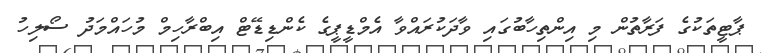
ޕާޓީތަކުގެ ފަރާތުން މި އިންތިހާބުގައި ވާދަކުރައްވާ އެމްޑީޕީގެ ކެންޑިޑޭޓް އިބްރާހިމް މުހައްމަދު ސޯލިހު